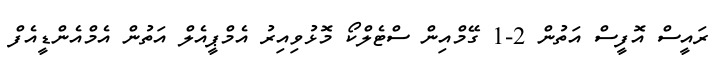
ރައީސް އޮފީސް އަތުން 2-1 ގޭމްއިން ސްޓެލްކޯ މޮޅުވިއިރު އެމްޕީއެލް އަތުން އެމްއެންޑީއެފް